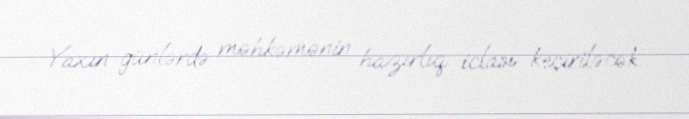
Yaxın günlərdə məhkəmənin hazırlıq iclası keçiriləcək.